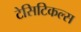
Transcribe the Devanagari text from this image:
टेसिटिकल्स